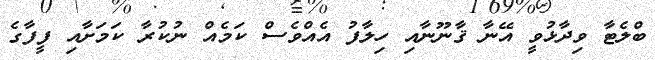
ބްލެޓާ ވިދާޅުވީ އޭނާ ޤާނޫނާއި ހިލާފު އެއްވެސް ކަމެއް ނުކުރާ ކަމަށާއި ފީފާގެ